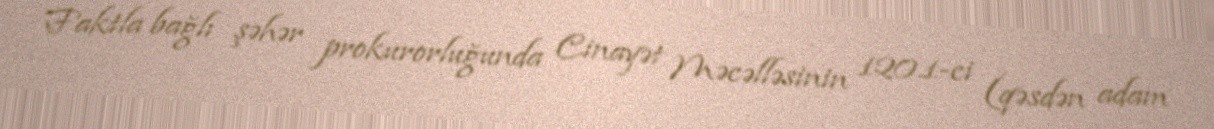
Faktla bağlı şəhər prokurorluğunda Cinayət Məcəlləsinin 120.1-ci (qəsdən adam